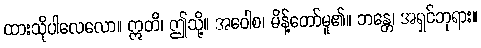
ထားသိုပါလေလော။ ဣတိ၊ ဤသို့။ အဝေါစ၊ မိန့်တော်မူ၏။ ဘန္တေ၊ အရှင်ဘုရား။